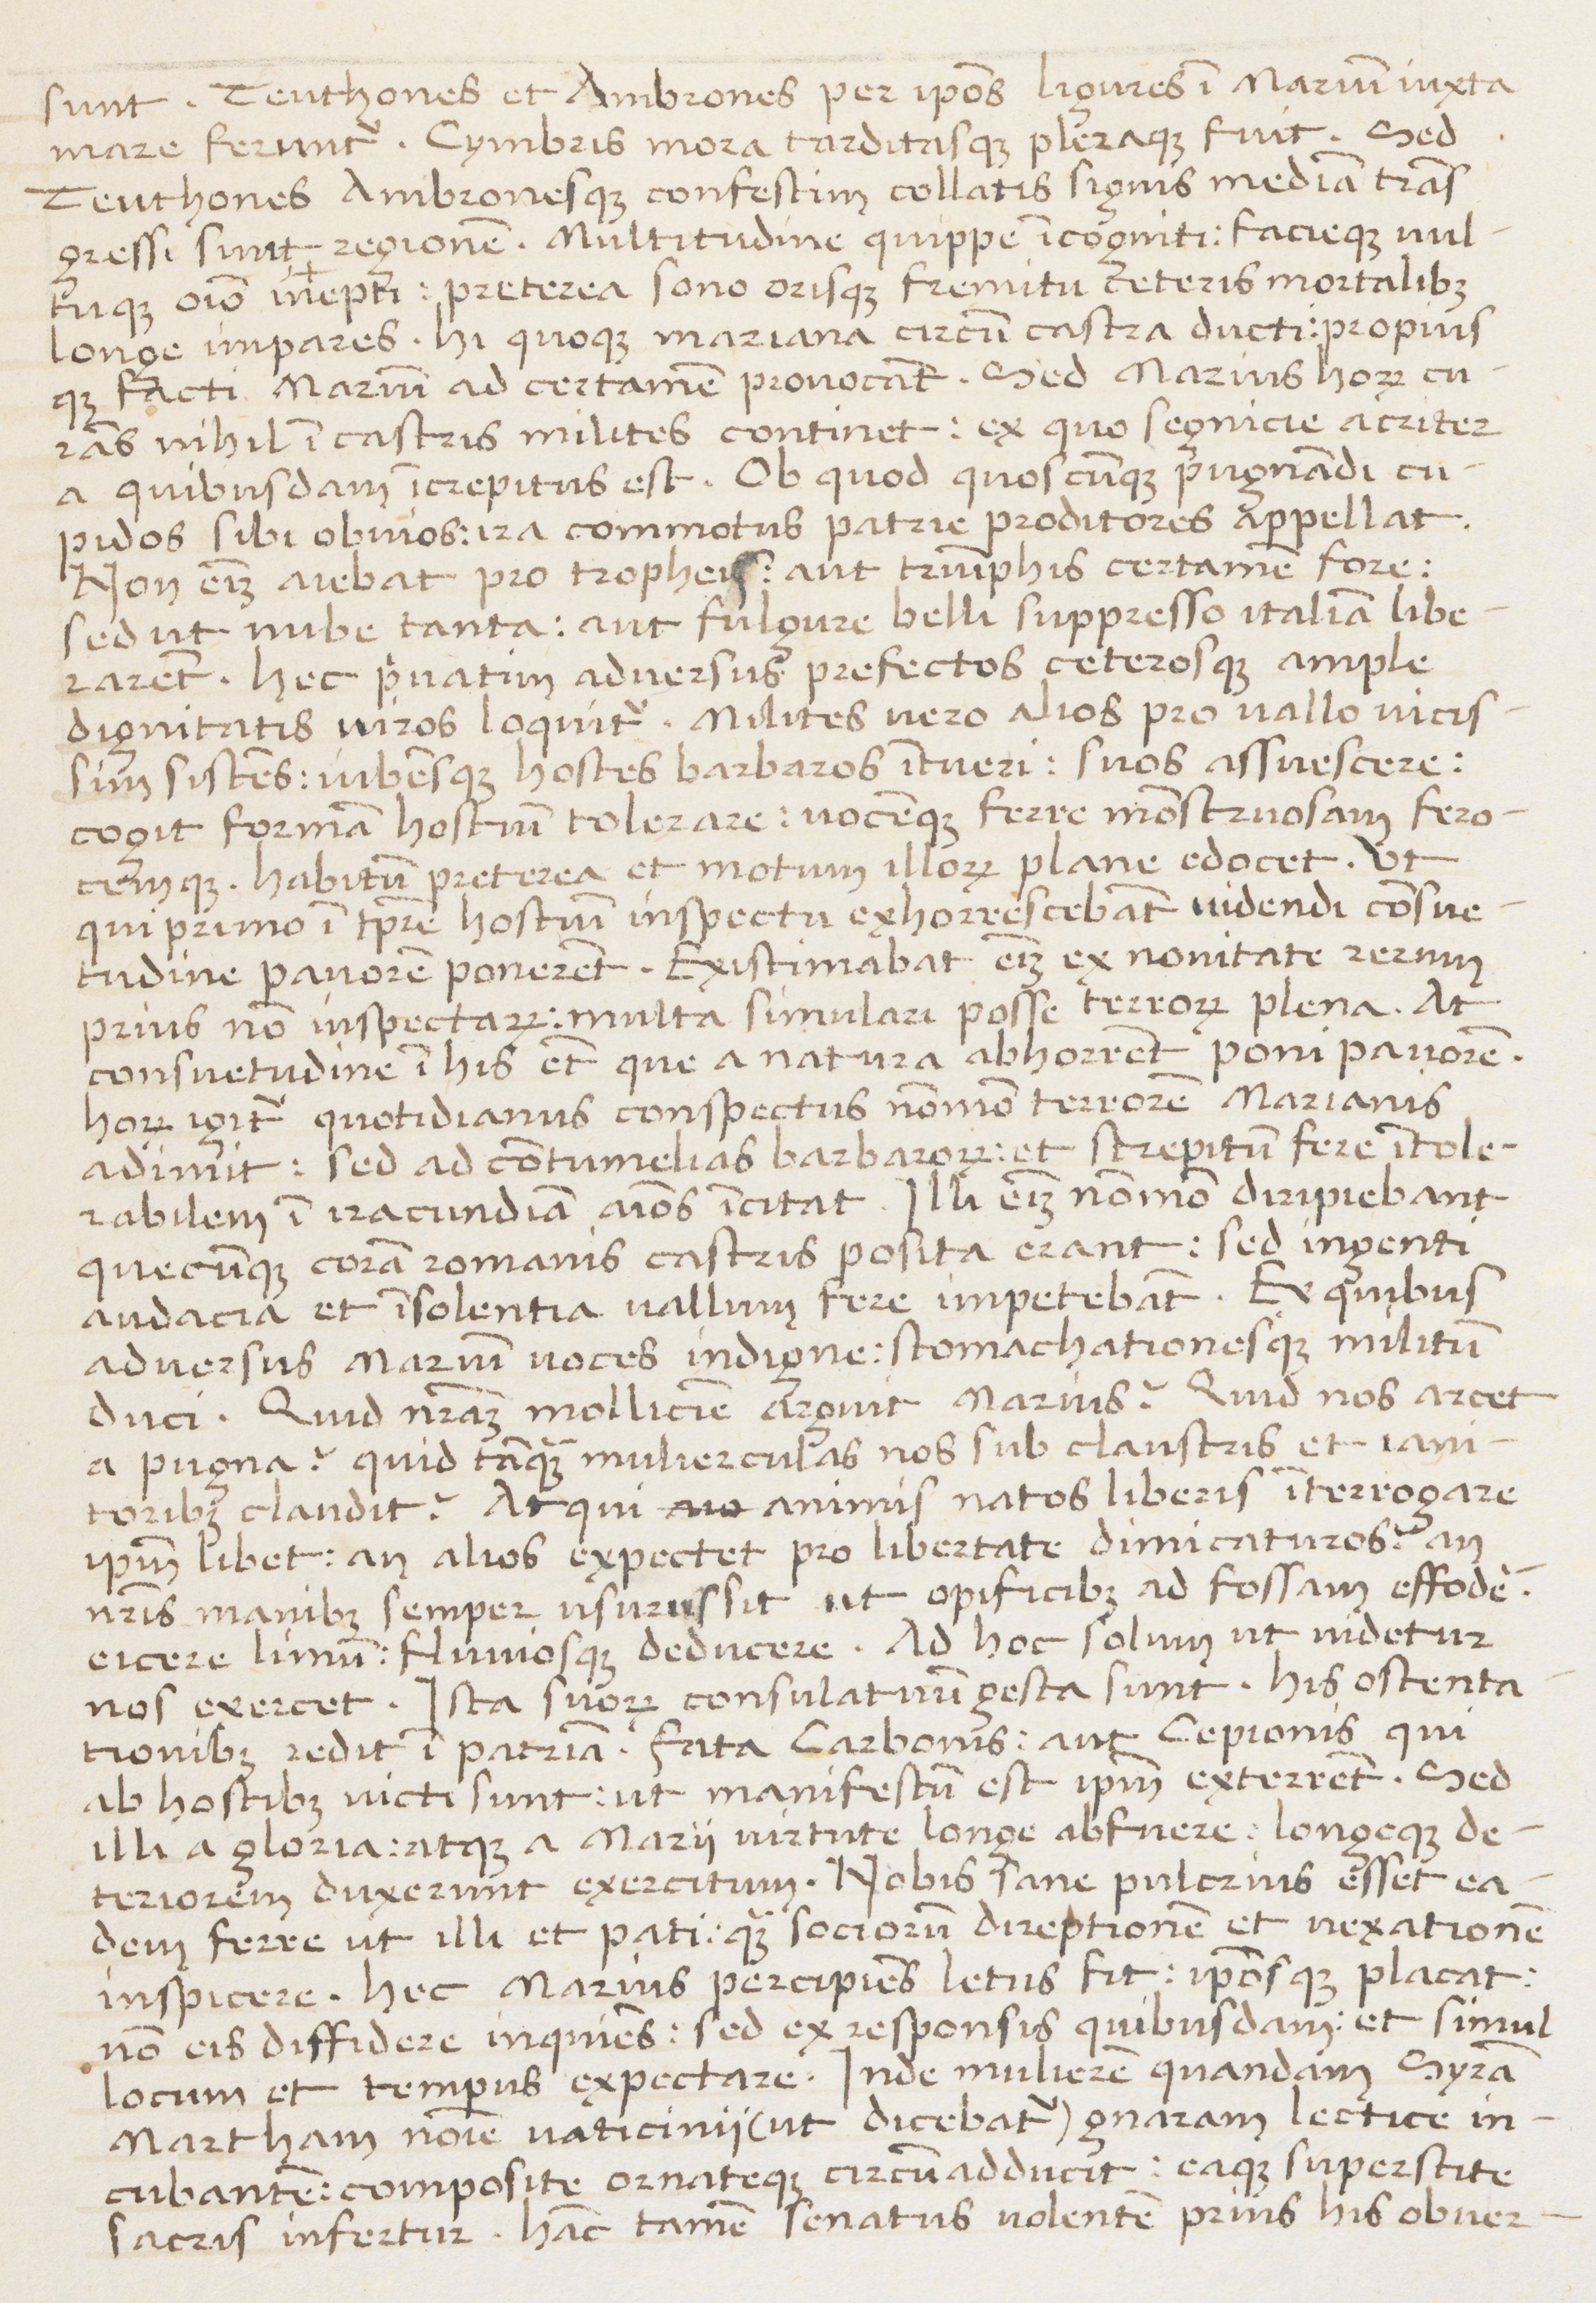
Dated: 1450–1474